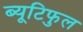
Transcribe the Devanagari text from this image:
ब्यूटिफुल